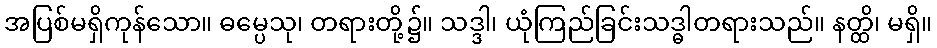
အပြစ်မရှိကုန်သော။ ဓမ္ပေသု၊ တရားတို့၌။ သဒ္ဒါ၊ ယုံကြည်ခြင်းသဒ္ဓါတရားသည်။ နတ္ထိ၊ မရှိ။